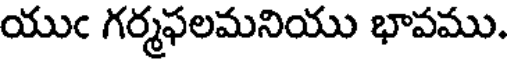
యుఁ గర్మఫలమనియు భావము.